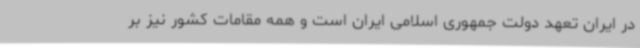
در ایران تعهد دولت جمهوری اسلامی ایران است و همه مقامات کشور نیز بر